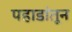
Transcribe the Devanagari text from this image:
पहाडांतून